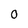
Character: 0